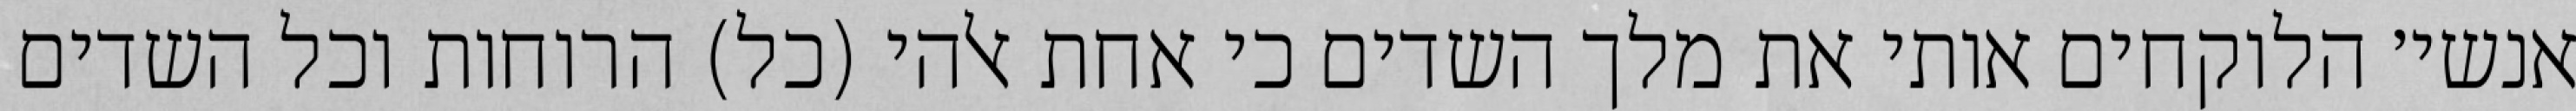
אנשי׳ הלוקחים אותי את מלך השדים כי אחת אלהי (כל) הרוחות וכל השדים